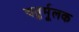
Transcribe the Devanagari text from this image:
चतुर्मूलक